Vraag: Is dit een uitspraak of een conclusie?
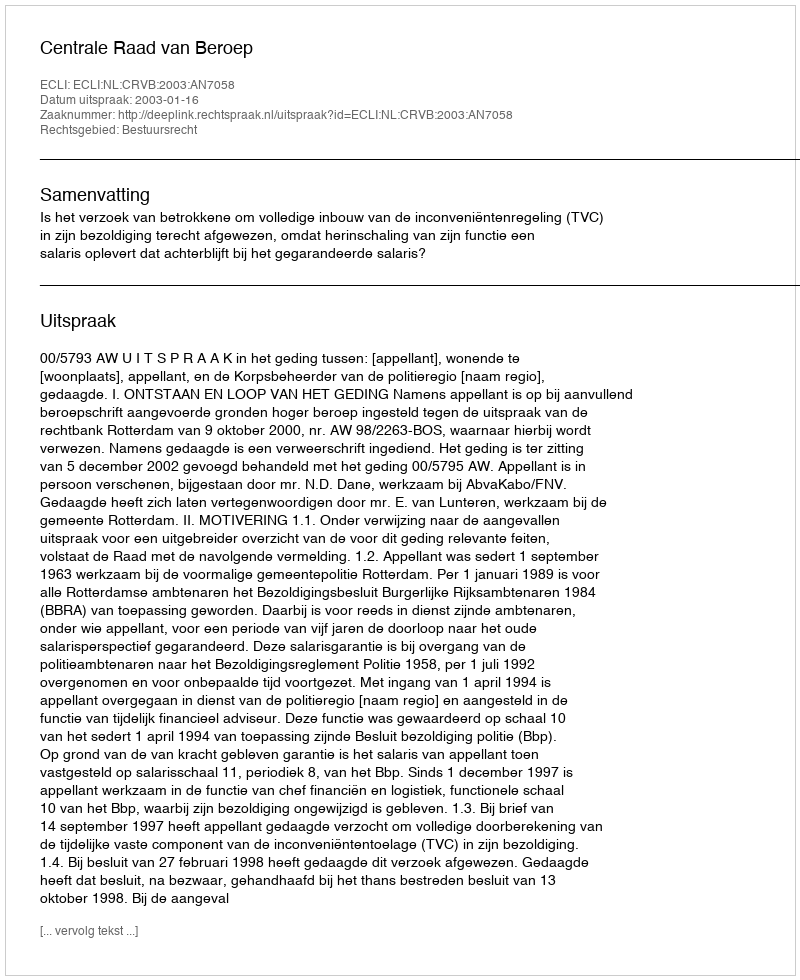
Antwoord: Uitspraak